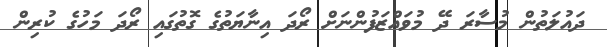
ދައުލަތުން މުސާރަ ދޭ މުވައްޒަފުންނަށް ރޯދަ އިނާޔަތުގެ ގޮތުގައި ރޯދަ މަހުގެ ކުރިން